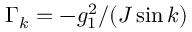
\Gamma _ { k } = - g _ { 1 } ^ { 2 } / ( J \sin k )